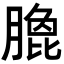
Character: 𭩄